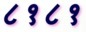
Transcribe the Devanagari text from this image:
८१८१